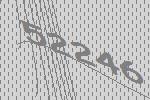
52246